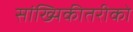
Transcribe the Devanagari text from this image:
सांख्यिकीतरीको